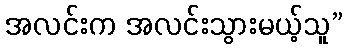
အလင်းက အလင်းသွားမယ့်သူ”